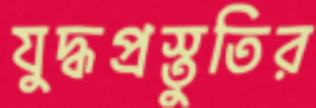
যুদ্ধপ্রস্তুতির